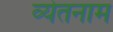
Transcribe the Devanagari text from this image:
व्येतनाम